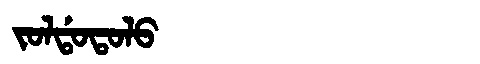
Manchu: ᠵᠣᠯᡩᠣᡨᠣᠯᠣ
Romanization: JOLDOTOLO